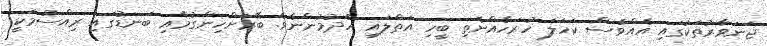
ޖަނަވާރުތަކުގައި އެއްވެސް ކަހަލަ ހުރަހެއްނެތި ބީހި އަތްލައި ހެދުމުންނެވެ. ބޭރަށްހިންގުމާއި ބަނޑުގައި ރިއްސުމަކީ